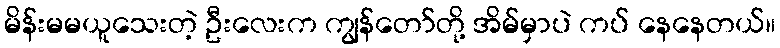
မိန်းမမယူသေးတဲ့ ဦးလေးက ကျွန်တော်တို့ အိမ်မှာပဲ ကပ် နေနေတယ်။